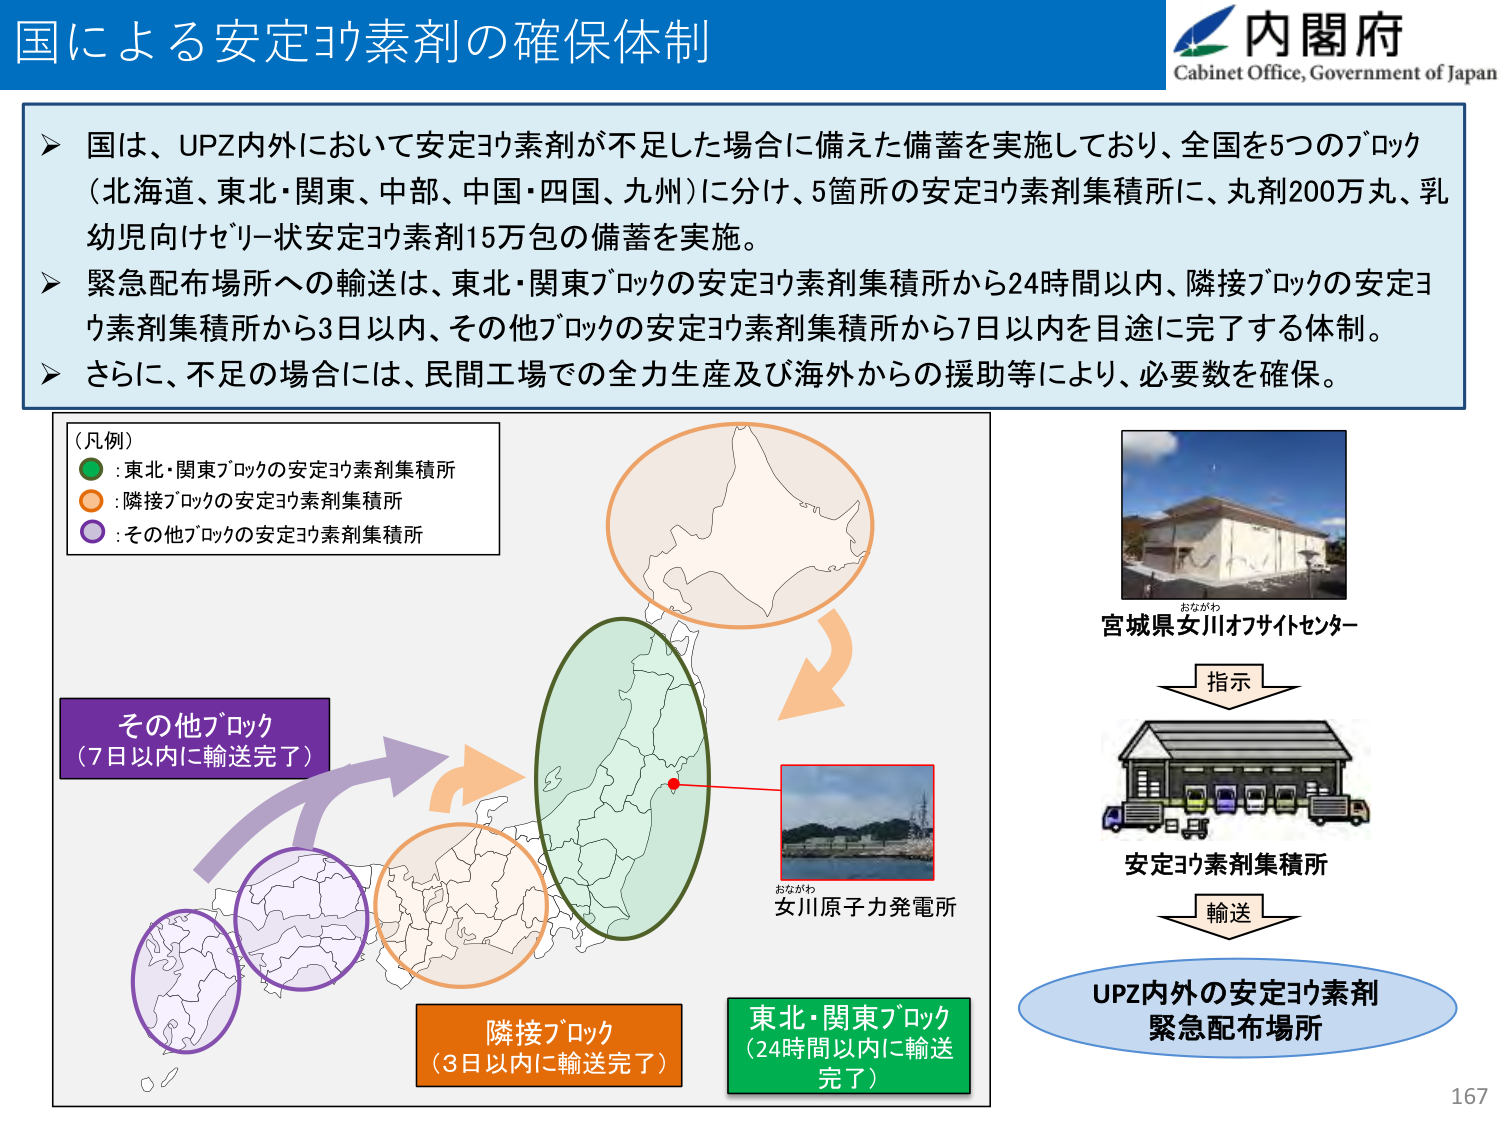
国による安定ヨウ素剤の確保体制

内閣府
Cabinet Office, Government of Japan

➤ 国は、UPZ内外において安定ヨウ素剤が不足した場合に備えた備蓄を実施しており、全国を5つのブロック（北海道、東北・関東、中部、中国・四国、九州）に分け、5箇所の安定ヨウ素剤集積所に、丸剤200万丸、乳幼児向けゼリー状安定ヨウ素剤15万包の備蓄を実施。

➤ 緊急配布場所への輸送は、東北・関東ブロックの安定ヨウ素剤集積所から24時間以内、隣接ブロックの安定ヨウ素剤集積所から3日以内、その他ブロックの安定ヨウ素剤集積所から7日以内を目途に完了する体制。

➤ さらに、不足の場合には、民間工場での全力生産及び海外からの援助等により、必要数を確保。

（凡例）
● : 東北・関東ブロックの安定ヨウ素剤集積所
○ : 隣接ブロックの安定ヨウ素剤集積所
◎ : その他ブロックの安定ヨウ素剤集積所

その他ブロック
（7日以内に輸送完了）

隣接ブロック
（3日以内に輸送完了）

東北・関東ブロック
（24時間以内に輸送完了）

おながわ
女川原子力発電所

おながわ
宮城県女川オフサイトセンター

指示
安定ヨウ素剤集積所
輸送
UPZ内外の安定ヨウ素剤
緊急配布場所

167